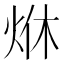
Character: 烌